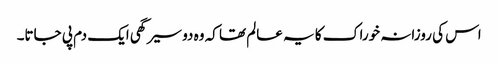
اس کی روزانہ خوراک کا یہ عالم تھا کہ وہ دو سیر گھی ایک دم پی جاتا۔